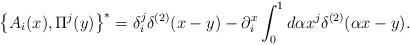
LaTeX: \begin{align*}\left\{ {A_i (x),\Pi ^j (y)} \right\}^ * = \delta_i^j \delta^{(2)} (x - y) - \partial _i^x \int_0^1 {d\alpha x^j \delta ^{(2)}} (\alpha x - y) . \end{align*}